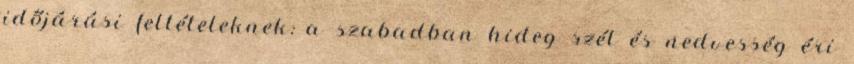
időjárási feltételeknek: a szabadban hideg szél és nedvesség éri